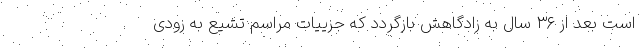
است بعد از ۳۶ سال به زادگاهش بازگردد که جزییات مراسم تشیع به زودی